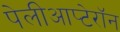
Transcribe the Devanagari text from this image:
पेलीआप्टेरॉन